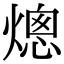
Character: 熜